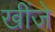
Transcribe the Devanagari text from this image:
खींजे